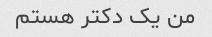
من یک دکتر هستم